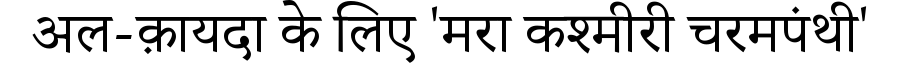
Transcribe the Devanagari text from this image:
अल-क़ायदा के लिए 'मरा कश्मीरी चरमपंथी'